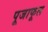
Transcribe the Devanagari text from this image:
पूजाफूल